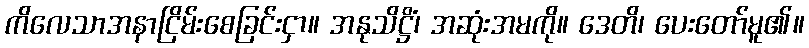
ကိလေသာအနာငြိမ်းစေခြင်းငှာ။ အနုသိဋ္ဌိံ၊ အဆုံးအမကို။ ဒေတိ၊ ပေးတော်မူ၏။